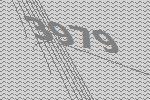
3979